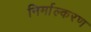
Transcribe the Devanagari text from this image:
निर्माल्करण